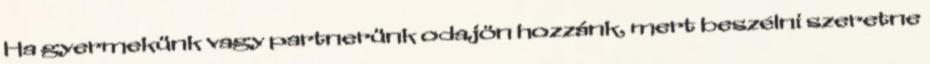
Ha gyermekünk vagy partnerünk odajön hozzánk, mert beszélni szeretne